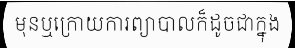
មុនឬក្រោយការព្យាបាលក៏ដូចជាក្នុង